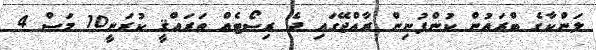
ލަންކާގެ ބްރައުން ކުންފުނިން ރާއްޖޭގައި ދެ ރިސޯޓެއް ތަރައްޤީ ކުރަނީ10 މަސް 4